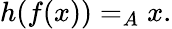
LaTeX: h(f(x))=_{A}x.